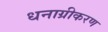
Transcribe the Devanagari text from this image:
धनाग्रीकरण